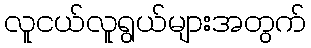
လူငယ်လူရွယ်များအတွက်